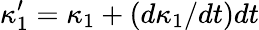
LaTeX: \kappa_{1}^{\prime}=\kappa_{1}+(d\kappa_{1}/dt)dt